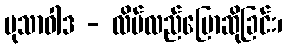
မုသာဝါဒ - လိမ်လည်ပြောဆိုခြင်း၊